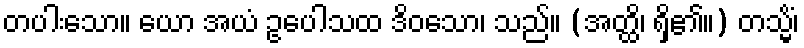
တပါးသော။ ယော အယံ ဥပေါသထ ဒိဝသော၊ သည်။ (အတ္ထိ၊ ရှိ၏။) တသ္မိံ၊